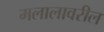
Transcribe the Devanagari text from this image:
मलालावरील